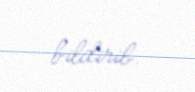
bildirib.